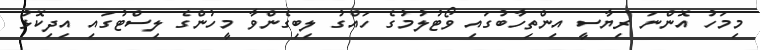
މިމަހު އޮންނަ ރިޔާސީ އިންތިހާބުގައި ވޯޓުލުމުގެ ހައްގު ލިބިގެންވާ މީހުންގެ ލިސްޓުގައި އިދިކޮޅު